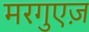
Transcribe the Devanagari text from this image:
मरगुएज़